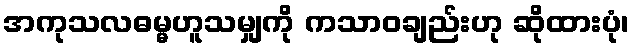
အကုသလဓမ္မဟူသမျှကို ကသာဝချည်းဟု ဆိုထားပုံ၊